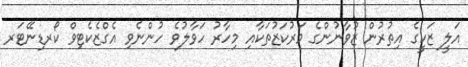
އަލީ ޒަކީގެ އިތުރުން ޒުވާނުންގެ މަރުކަޒުތަކާއި މިހާރު ހަވާލުވެ ހުންނެވި އެގްޒެކެޓިވް ކޯރޑިނޭޓަރ